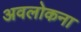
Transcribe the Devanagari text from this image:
अवलोकना